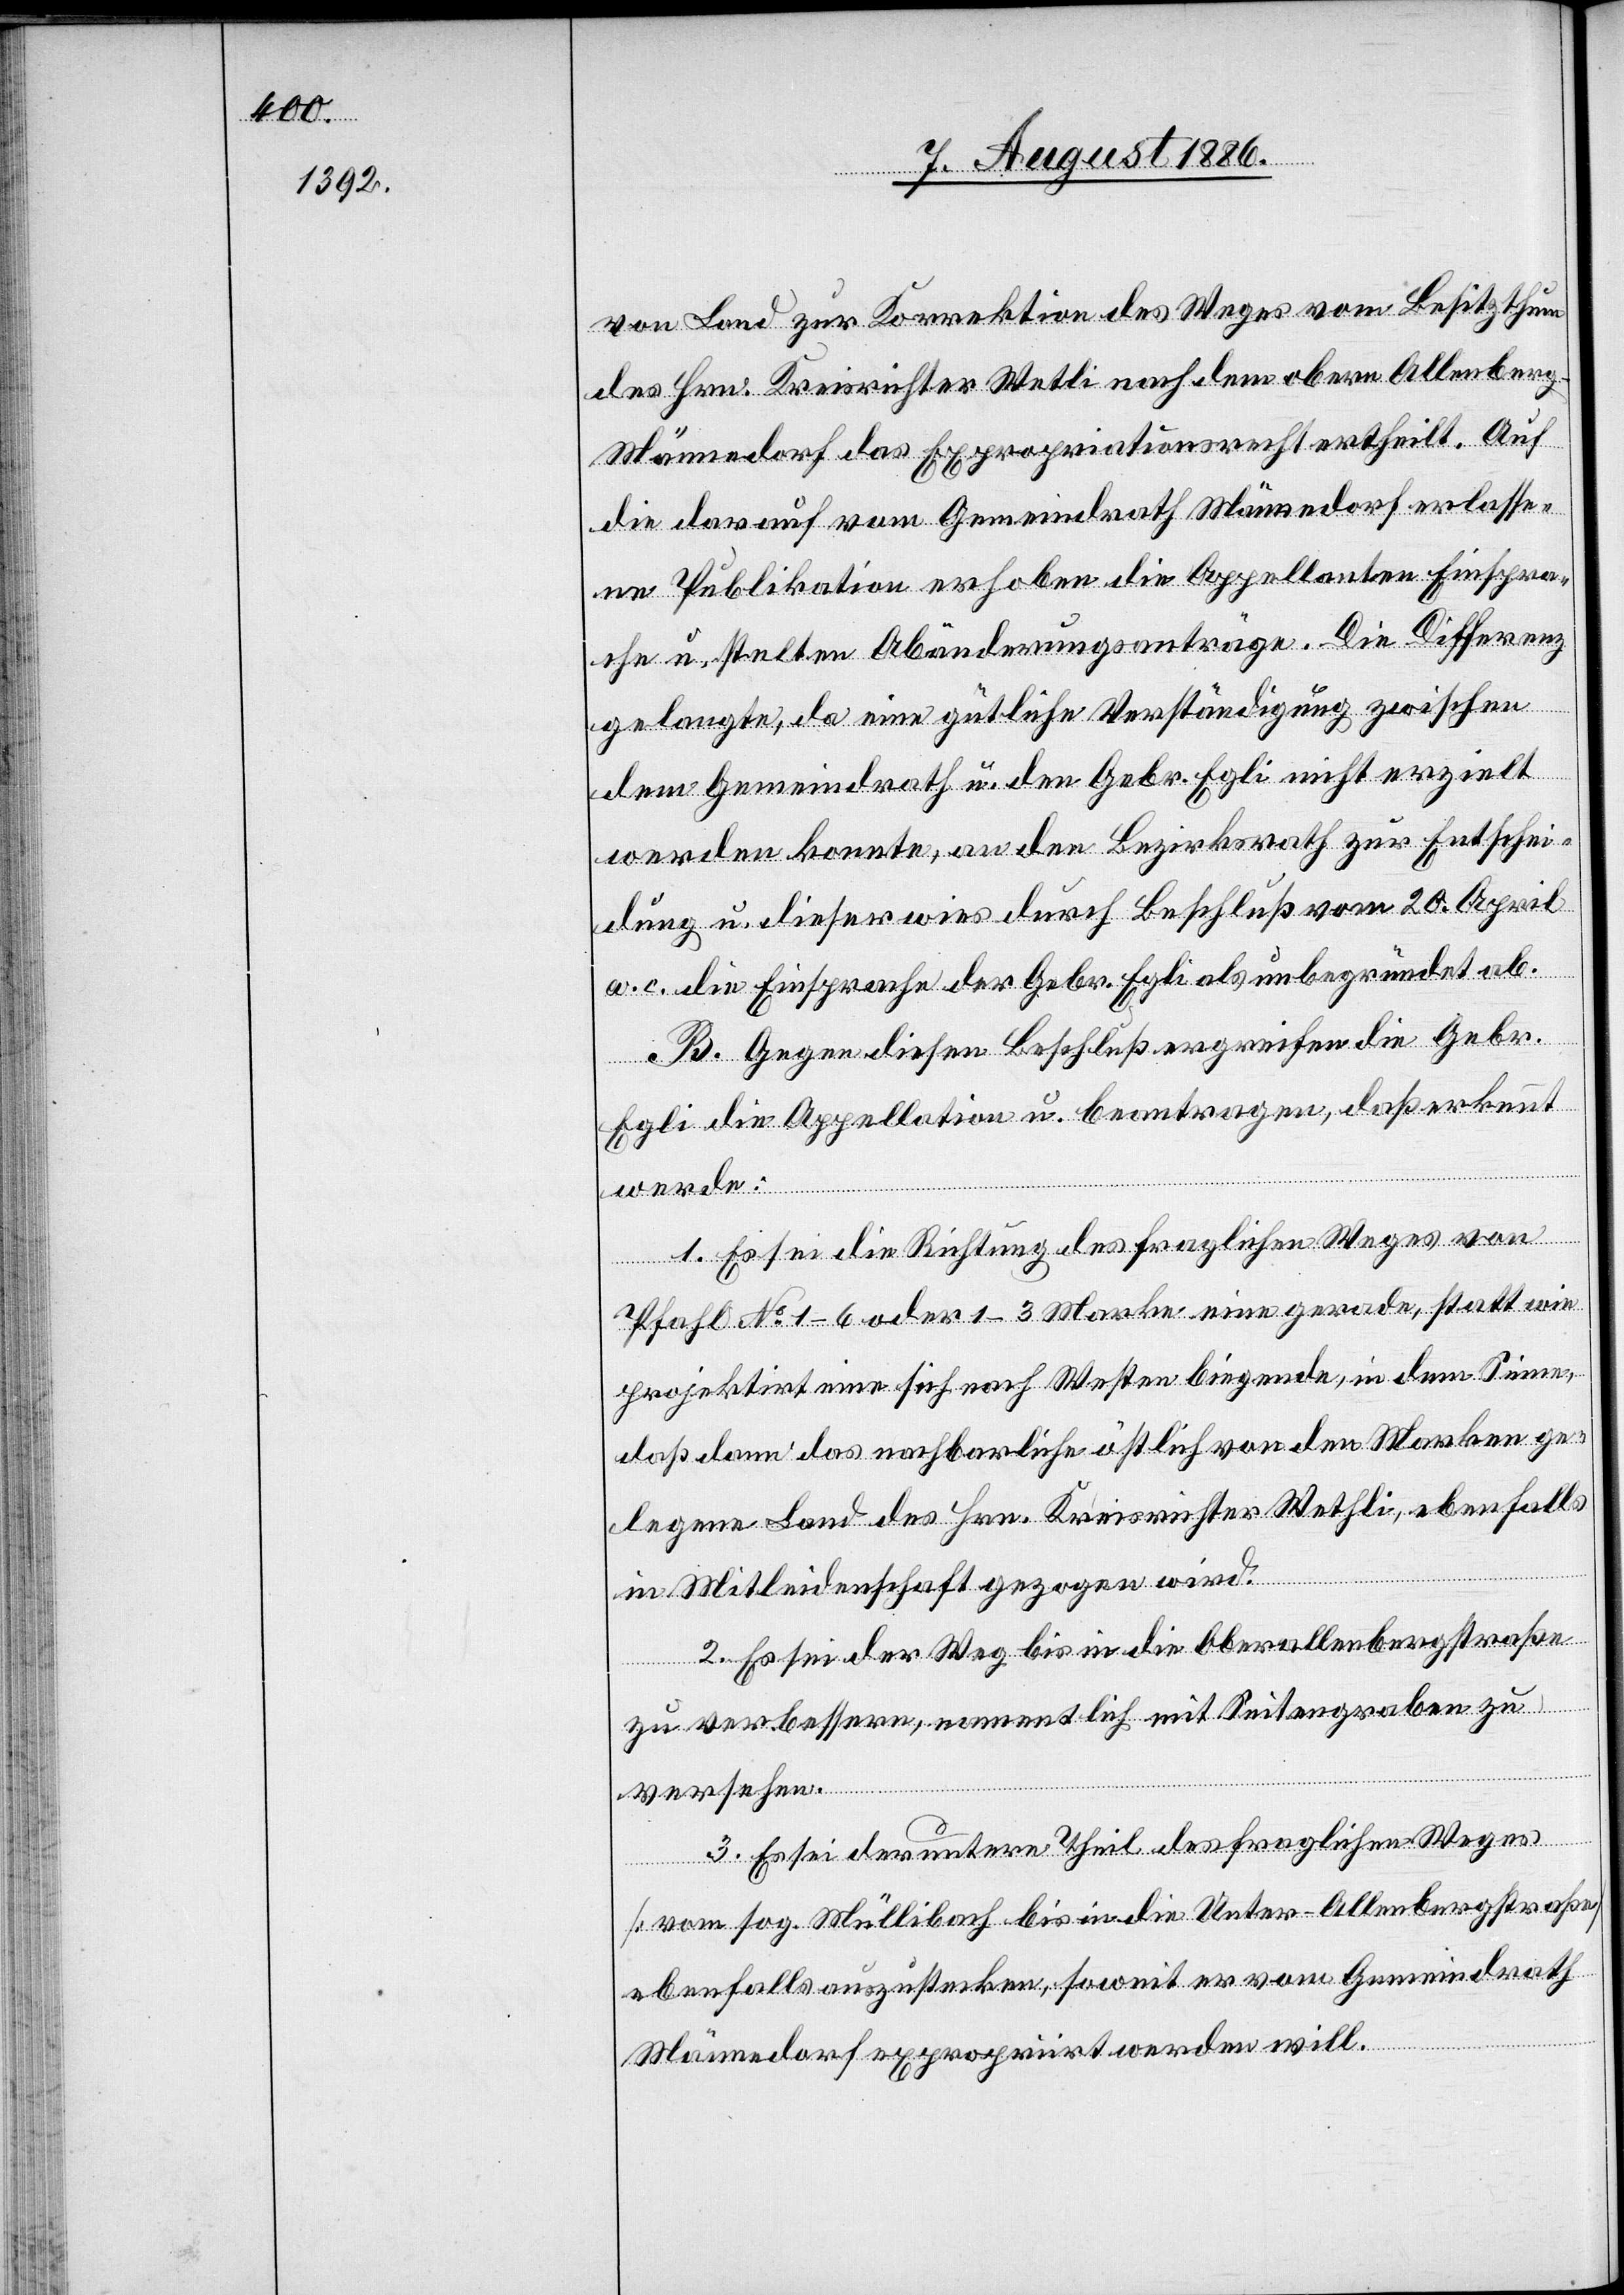
von Land zur Korrektion des Weges vom Besitzthum
des Hrn. Kreisrichter Wetli nach dem obern Allenberg
Männedorf das Expropriationsrecht ertheilt. Auf
die darauf vom Gemeindrath Männedorf erlasse¬
ne Publikation erhoben die Appellanten Einspra¬
che u. stel[l]ten Abänderungsanträge. Die Differenz
gelangte, da eine gütliche Verständigung zwischen
dem Gemeindrath u. den Gebr. Egli nicht erzielt
werden konnte, an den Bezirksrath zur Entschei¬
dung u. dieser wies durch Beschluß vom 20. April
a. c. die Einsprache der Gebr. Egli als unbegründet ab.
B. Gegen diesen Beschluß ergreifen die Gebr.
Egli die Appellation u. beantragen, daß erkennt
werde:
1. Es sei die Richtung des fraglichen Weges von
Pfahl No 1–6 oder 1–3 Marke eine gerade, statt wie
projektirt eine sich nach Westen biegende, in dem Sinne,
daß dann das nachbarliche östlich von den Marken ge¬
legene Land des Hrn. Kreismeister Wethli, ebenfalls
in Mitleidenschaft gezogen wird.
2. Es sei der Weg bis in die Oberallenbergstraße
zu verbessern, namentlich mit Seitengraben zu
versehen.
3. Es sei der untere Theil des fraglichen Weges
[vom sog. Müllibach bis in die Unter-Allenbergstraße]
ebenfalls auszustecken, soweit er vom Gemeindrath
Männedorf expropriirt werden will.